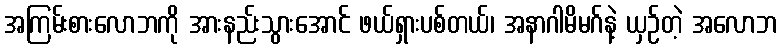
အကြမ်းစားလောဘကို အားနည်းသွားအောင် ဖယ်ရှားပစ်တယ်၊ အနာဂါမိမဂ်နဲ့ ယှဉ်တဲ့ အလောဘ